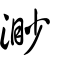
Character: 渺